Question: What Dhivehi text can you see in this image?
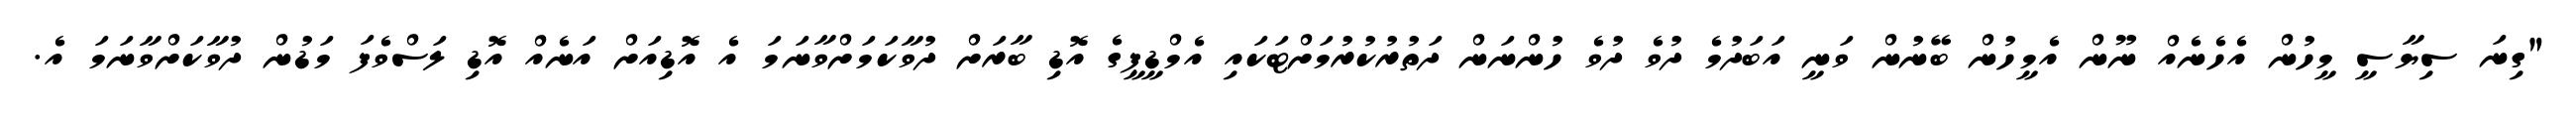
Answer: "ގިނަ ސިޔާސީ މީހުން އެހެނެއް ނޫން އެމީހުން ބޭނުން ވަނީ އަބަދުމެ ދުވެ ދުވެ ހުންނަން ދަތުރުކުރުމަށްޓަކައި އެމްޑީޕީގެ އޮޑި ބާރަށް ދުވާކަމަށްވާނަމަ އެ އޮޑިއަށް އަނެއް އޮޑި ލަސްވެފަ މަޑުން ދުވާކަށްވާނަމަ އެ.